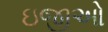
ઇજીઓ